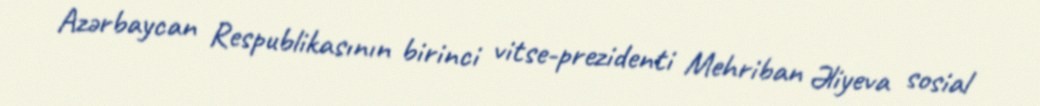
Azərbaycan Respublikasının birinci vitse-prezidenti Mehriban Əliyeva sosial